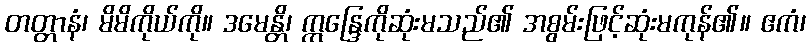
တတ္တာနံ၊ မိမိကိုယ်ကို။ ဒမေန္တိ၊ ဣန္ဒြေကိုဆုံးမသည်၏ အစွမ်းဖြင့်ဆုံးမကုန်၏။ ဧကံ၊